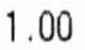
1.00